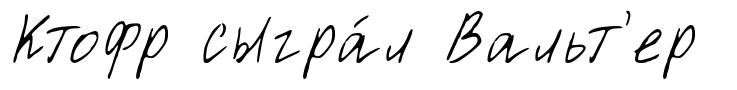
Ктофр сыгра́л Вальт'ер